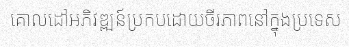
គោលដៅអភិវឌ្ឍន៍ប្រកបដោយចីរភាពនៅក្នុងប្រទេស